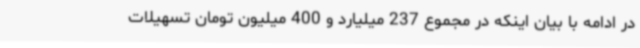
در ادامه با بیان اینکه در مجموع 237 میلیارد و 400 میلیون تومان تسهیلات